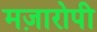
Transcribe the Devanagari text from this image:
मज़ारोपी